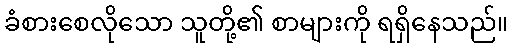
ခံစားစေလိုသော သူတို့၏ စာများကို ရရှိနေသည်။